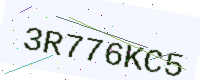
Text: 3R776KC5